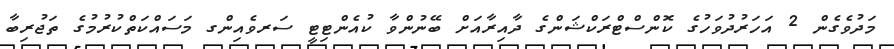
މަދުވެގެން 2 އަހަރުދުވަހުގެ ކޮންސްޓްރަކްޝަންގެ ދާއިރާއަށް ބޭނުންވާ ކުއެންޓިޓީ ސަރވެއިންގ މަސައްކަތްކުރުމުގެ ތަޖުރިބާ